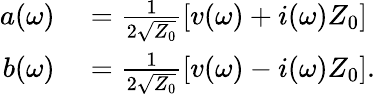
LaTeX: \begin{array}{rl}{a(\omega)}&{{}=\frac{1}{2\sqrt{Z_{0}}}\left[v(\omega)+i(\omega)Z_{0}\right]}\\ {b(\omega)}&{{}=\frac{1}{2\sqrt{Z_{0}}}\left[v(\omega)-i(\omega)Z_{0}\right].}\end{array}